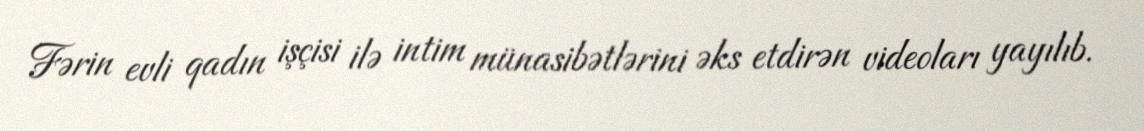
Fərin evli qadın işçisi ilə intim münasibətlərini əks etdirən videoları yayılıb.